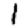
Digit: 1